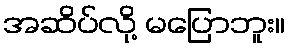
အဆိပ်လို့ မပြောဘူး။